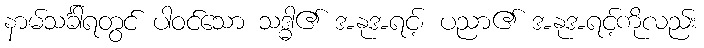
နာမ်သင်္ခါရတွင် ပါဝင်သော သဒ္ဓါ၏ အနုအရင့်၊ ပညာ၏ အနုအရင့်ကိုလည်း